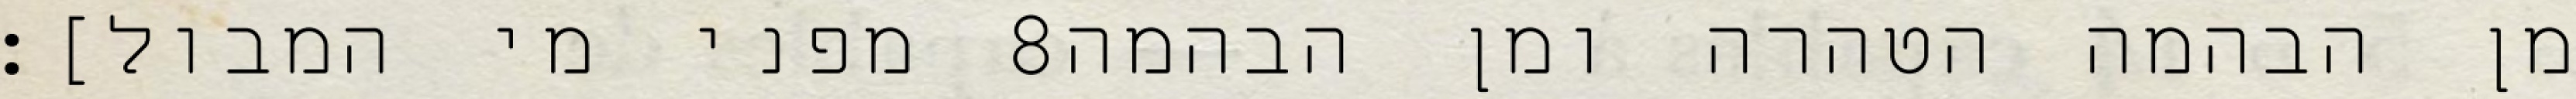
מפני מי המבול]׃ ‎8‏ מן הבהמה הטהרה ומן הבהמה